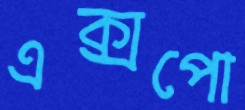
এক্সপো